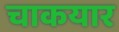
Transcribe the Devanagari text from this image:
चाकयार